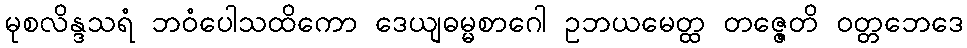
မုစလိန္ဒသရံ ဘဝံပေါသထိကော ဒေယျဓမ္မစာဂေါ ဥဘယမေတ္ထ တဇ္ဇေတိ ဝတ္တဘေဒေ